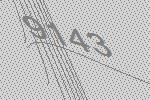
9143